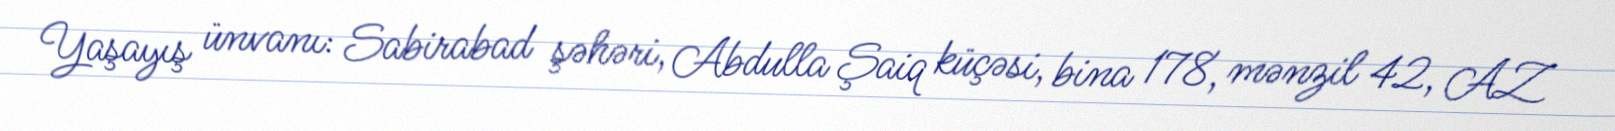
Yaşayış ünvanı: Sabirabad şəhəri, Abdulla Şaiq küçəsi, bina 178, mənzil 42, AZ